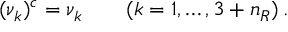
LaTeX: ( \nu _ { k } ) ^ { c } = \nu _ { k } \qquad ( k = 1 , \ldots , 3 + n _ { R } ) \, .